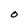
Character: O